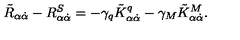
\tilde { R } _ { \alpha \dot { \alpha } } - R _ { \alpha \dot { \alpha } } ^ { S } = - \gamma _ { q } \tilde { K } _ { \alpha \dot { \alpha } } ^ { q } - \gamma _ { M } \tilde { K } _ { \alpha \dot { \alpha } } ^ { M } .